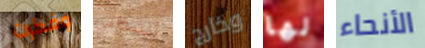
وفكرت أيقظني وخارج لها الأنحاء